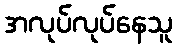
အလုပ်လုပ်နေသူ